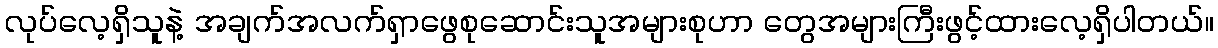
လုပ်လေ့ရှိသူနဲ့ အချက်အလက်ရှာဖွေစုဆောင်းသူအများစုဟာ တွေအများကြီးဖွင့်ထားလေ့ရှိပါတယ်။